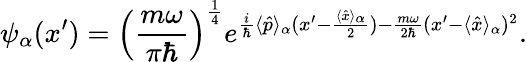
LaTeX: \psi_{\alpha}(x^{\prime})=\left({\frac{m\omega}{\pi\hbar}}\right)^{\frac{1}{4}}e^{{\frac{i}{\hbar}}\langle{\hat{p}}\rangle_{\alpha}(x^{\prime}-{\frac{\langle{\hat{x}}\rangle_{\alpha}}{2}})-{\frac{m\omega}{2\hbar}}(x^{\prime}-\langle{\hat{x}}\rangle_{\alpha})^{2}}.